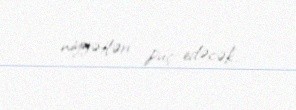
niyyətləri puç edəcək.